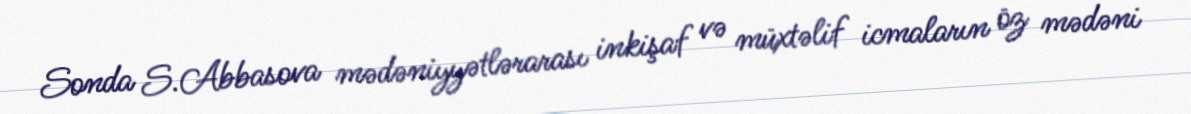
Sonda S.Abbasova mədəniyyətlərarası inkişaf və müxtəlif icmaların öz mədəni